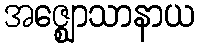
အဇ္ဈောသာနာယ